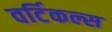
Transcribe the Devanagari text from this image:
वर्टिकल्स